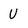
Character: u